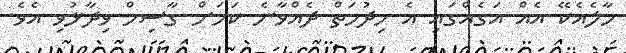
މާލެއެކޭ އެއް އަގެއްގައި އެ ހިދުމަތް ދެއްވާނެ ކަމަށް ގާސިމް ވިދާޅުވި އެވެ.